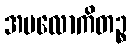
အပလောကိတဉ္စ